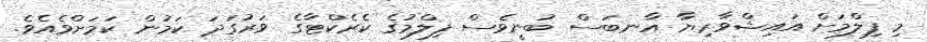
މި ފިލްމަށް އައިޝްވާރިޔާ އާނބަސް ބުނީވެސް ފިލްމުގެ ކެރެކްޓާގެ ވަރުގަދަ ކަމުން ކަމަށްވެއެވެ.